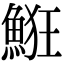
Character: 𩷗